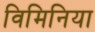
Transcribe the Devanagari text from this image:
विमिनिया